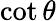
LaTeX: \cot{\theta}